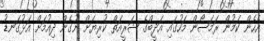
އެހެން ކަމުން ރަމަޞޯން މަހުގައި އަދީބްގެ ޝަރީއަތް ކުރިޔަށް ނުގެން ދިއުމަށް އަޅުގަނޑު